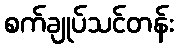
စက်ချုပ်သင်တန်း